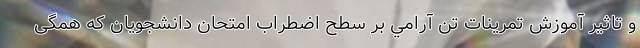
و تاثير آموزش تمرينات تن آرامي بر سطح اضطراب امتحان دانشجويان که همگی